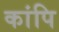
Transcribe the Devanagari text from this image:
कांपि